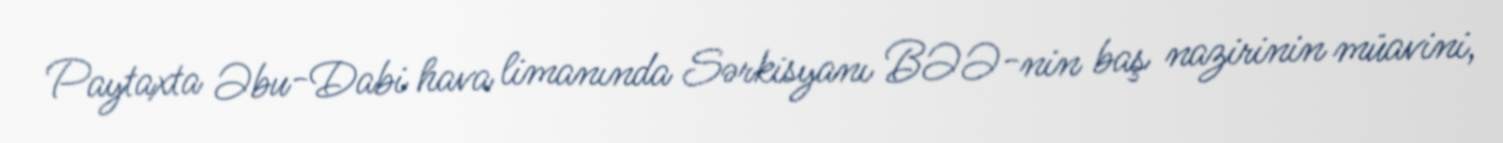
Paytaxta Əbu-Dabi hava limanında Sərkisyanı BƏƏ-nin baş nazirinin müavini,